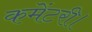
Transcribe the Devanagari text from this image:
कमेंटरी।